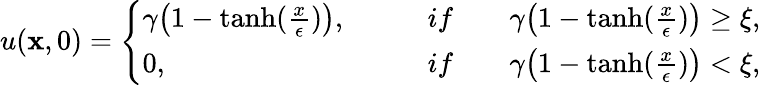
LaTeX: u(\mathbf{x},0)=\left\{ \begin{array}{ll}{\gamma\big(1-\operatorname{tanh}(\frac{x}{\epsilon})\big),\qquad}&{if\qquad\gamma\big(1-\operatorname{tanh}(\frac{x}{\epsilon})\big)\geq\xi,}\\ {0,\qquad}&{if\qquad\gamma\big(1-\operatorname{tanh}(\frac{x}{\epsilon})\big)<\xi,}\end{array}\right.